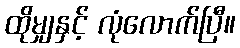
ထိုမျှနှင့် လုံလောက်ပြီ။